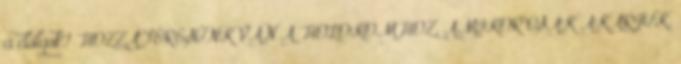
a dolgok? HOZZÁFÉRÉSÜNK VAN A HOLOKOMHOZ, AMIKOR CSAK AKARJUK,